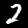
Digit: 2